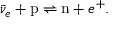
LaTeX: \bar { \nu } _ { e } + \mathrm { p } \rightleftharpoons \mathrm { n } + e ^ { + } .